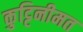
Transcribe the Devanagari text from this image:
कुट्टिनीमत